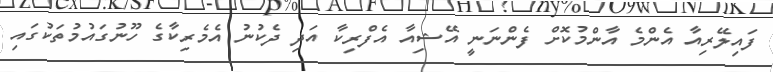
ފައިލޭރިއާ އެންމެ އާންމުކޮށް ފެންނަނީ އޭޝިއާ އެފްރިކާ އަދި ދެކުނު އެމެރިކާގެ ހޫނުގައުމުތަކުގައި